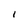
Character: i